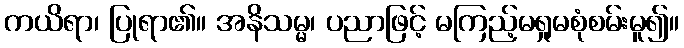
ကယိရာ၊ ပြုရာ၏။ အနိသမ္မ၊ ပညာဖြင့် မကြည့်မရှုမစုံစမ်းမူ၍။